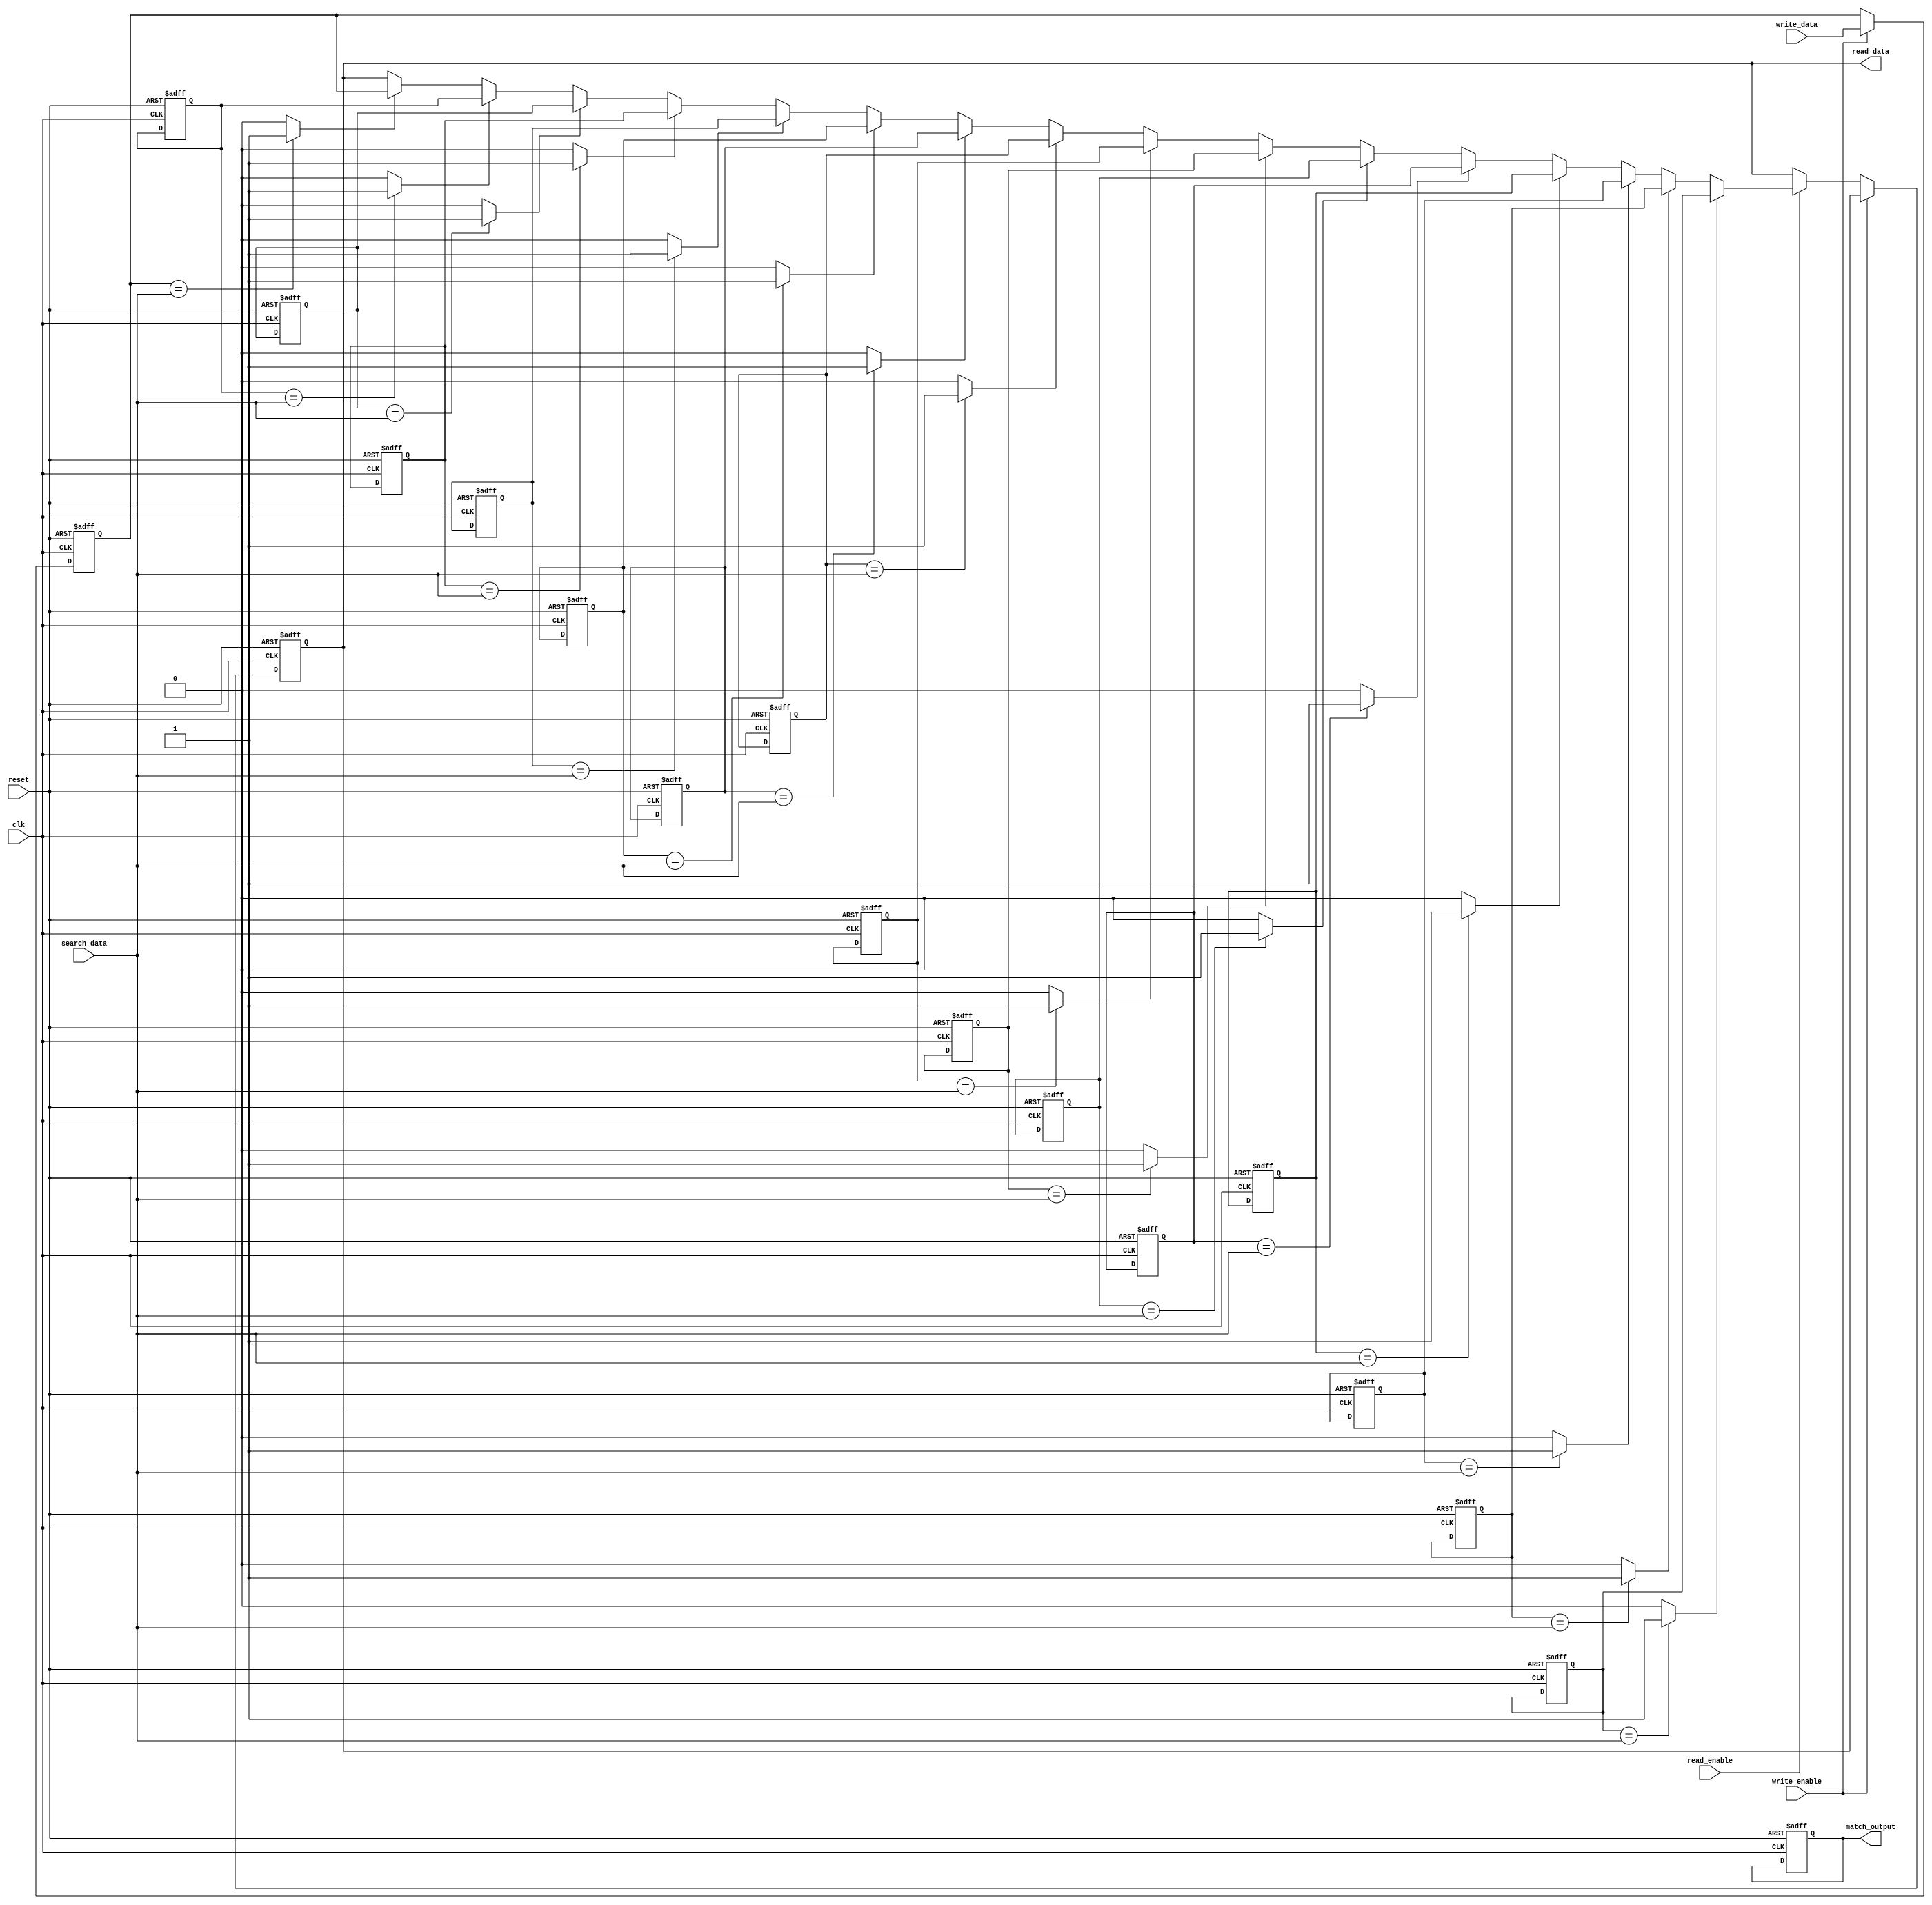
module cam #(
    parameter DATA_WIDTH = 8,  // Width of the data
    parameter WORD_DEPTH = 16   // Number of entries in the CAM
) (
    input wire clk,
    input wire reset,
    input wire write_enable,
    input wire read_enable,
    input wire [DATA_WIDTH-1:0] write_data,
    input wire [DATA_WIDTH-1:0] search_data,
    output reg [WORD_DEPTH-1:0] match_output,
    output reg [DATA_WIDTH-1:0] read_data
);

    // Memory array
    reg [DATA_WIDTH-1:0] cam_array [0:WORD_DEPTH-1];

    // Match logic
    reg [WORD_DEPTH-1:0] match_mask;
    
    integer i;

    // Write operation
    always @(posedge clk or posedge reset) begin
        if (reset) begin
            // Reset all entries to zero
            for (i = 0; i < WORD_DEPTH; i = i + 1) begin
                cam_array[i] <= {DATA_WIDTH{1'b0}};
            end
            match_output <= {WORD_DEPTH{1'b0}};
            read_data <= {DATA_WIDTH{1'b0}};
        end else if (write_enable) begin
            // Write data into the CAM
            cam_array[0] <= write_data; // For simplicity, writing only to the first entry
        end else if (read_enable) begin
            // Read data associated with the first match
            for (i = 0; i < WORD_DEPTH; i = i + 1) begin
                if (match_output[i]) begin
                    read_data <= cam_array[i];
                end
            end
        end
    end

    // Search operation
    always @* begin
        match_mask = {WORD_DEPTH{1'b0}};
        for (i = 0; i < WORD_DEPTH; i = i + 1) begin
            // Compare search data with each entry in the CAM
            if (cam_array[i] == search_data) begin
                match_mask[i] = 1'b1; // Mark this entry as a match
            end
        end
        match_output = match_mask; // Output the match results
    end

endmodule